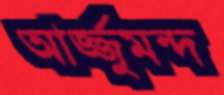
আর্জ্জুমন্দ